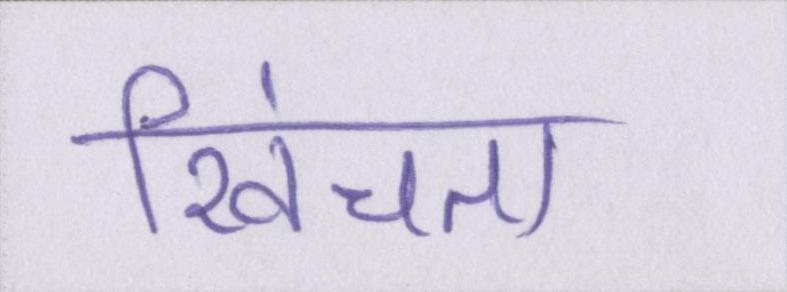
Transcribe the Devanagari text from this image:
खिंचता